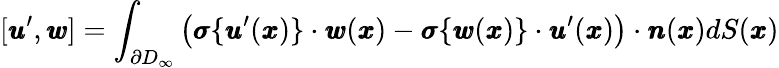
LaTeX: [{\pmb u}^{\prime},{\pmb w}]=\int_{\partial D_{\infty}}\left({\pmb\sigma}\{ {\pmb u}^{\prime}({\pmb x})\} \cdot{\pmb w}({\pmb x})-{\pmb\sigma}\{ {\pmb w}({\pmb x})\} \cdot{\pmb u}^{\prime}({\pmb x})\right)\cdot{\pmb n}({\pmb x})dS({\pmb x})